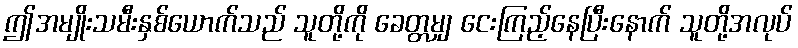
ဤအမျိုးသမီးနှစ်ယောက်သည် သူတို့ကို ခေတ္တမျှ ငေးကြည့်နေပြီးနောက် သူတို့အလုပ်